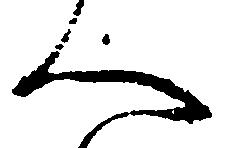
へ